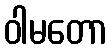
ဝါမတော